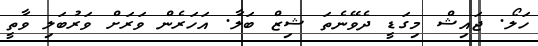
ހަލޯ. ޖައިޝް މިގަޑީ ދެވޭނެތަ ޝިޒް ބަލާ. އަހަރެން ވަރަށް ވަރުބަލި ވާތީ